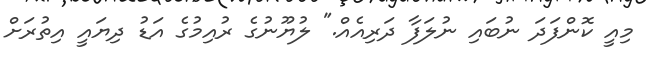
މިއީ ކޮންފަދަ ނުބައި ނުލަފާ ދަރިއެއް." ލުޔޫނުގެ ރުއިމުގެ އަޑު ދިޔައީ އިތުރަށް